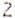
2